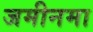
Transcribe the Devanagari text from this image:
जमीनमा